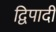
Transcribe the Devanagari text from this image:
द्विपादी